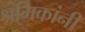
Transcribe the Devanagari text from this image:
श्रमिकांनी